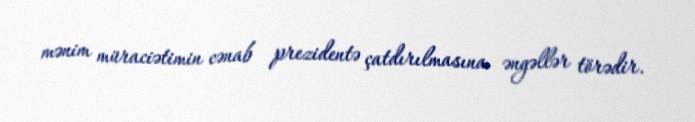
mənim müraciətimin cənab prezidentə çatdırılmasına əngəllər törədir.